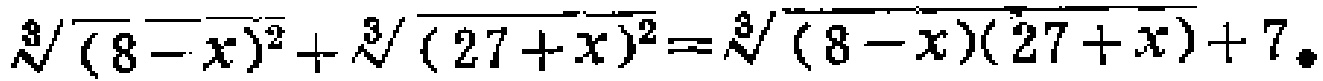
\(\sqrt[3]{(8 - x)^2}+\sqrt[3]{(27 + x)^2}=\sqrt[3]{(8 - x)(27 + x)} + 7\)